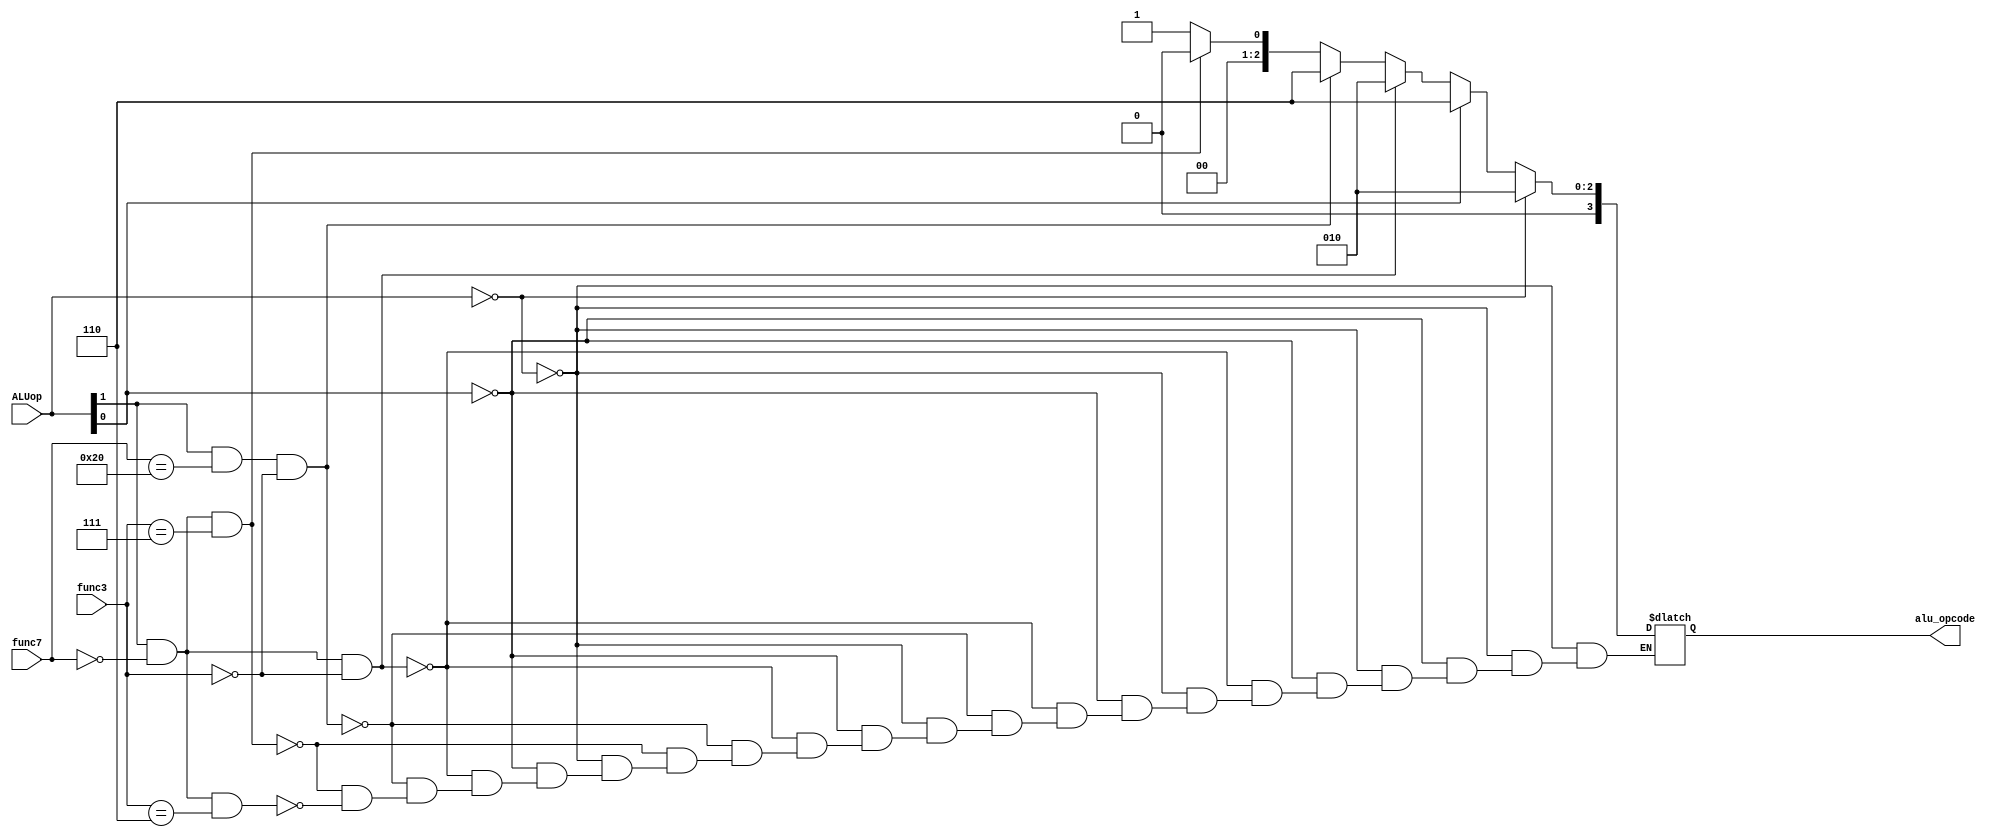
module ALUcntrl (
    input [1:0] ALUop,
    input [6:0] func7,
    input [2:0] func3,
    output reg [3:0] alu_opcode
);

   always @* begin
             if ((ALUop  == 2'b00) /*& (func7 == 7'bx) & (func3 == 3'bx)*/) begin 
      alu_opcode = 4'b0010;
    end else if ((ALUop[0]  == 1) /*& (func7 == 7'bx) & (func3 == 3'bx)*/) begin 
      alu_opcode = 4'b0110;
    end else if ((ALUop[1]  == 1) & (func7 == 7'b0) & (func3 == 3'b0)) begin 
      alu_opcode = 4'b0010;
    end else if ((ALUop[1]  == 1) & (func7 == 7'b0100000) & (func3 == 3'b0)) begin 
      alu_opcode = 4'b0110;
    end else if ((ALUop[1]  == 1) & (func7 == 7'b0) & (func3 == 3'b111)) begin 
      alu_opcode = 4'b0000;
    end else if ((ALUop[1]  == 1) & (func7 == 7'b0) & (func3 == 3'b110)) begin 
      alu_opcode = 4'b0001;
    end 
   end
      
endmodule